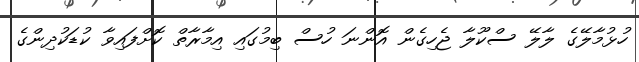
ހުޅުމާލޭގެ ލާލޭ ސްކޫލާ ޖެހިގެން އޮންނަ ހުސް ބިމުގައި އިމާރާތް ކޮށްފައިވާ ކުޑަކުދިންގެ